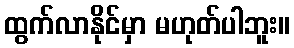
ထွက်လာနိုင်မှာ မဟုတ်ပါဘူး။